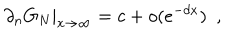
LaTeX: \partial _ { n } G _ { N } | _ { x \rightarrow \infty } = c + o ( e ^ { - d x } ) ~ ~ ,